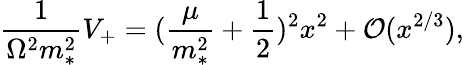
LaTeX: \frac{1}{\Omega^{2}m_{*}^{2}}V_{+}=(\frac{\mu}{m_{*}^{2}}+\frac{1}{2})^{2}x^{2}+{\cal O}(x^{2/3}),